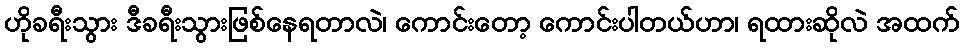
ဟိုခရီးသွား ဒီခရီးသွားဖြစ်နေရတာလဲ၊ ကောင်းတော့ ကောင်းပါတယ်ဟာ၊ ရထားဆိုလဲ အထက်